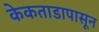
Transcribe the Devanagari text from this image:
केकताडापासून